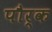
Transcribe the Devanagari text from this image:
पौर्क